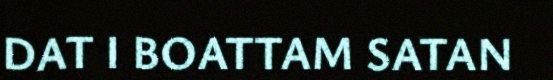
DAT I BOATTAM SATAN